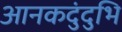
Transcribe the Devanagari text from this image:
आनकदुंदुभि